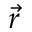
\vec { r }